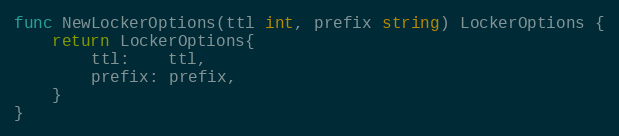
Language: Go
func NewLockerOptions(ttl int, prefix string) LockerOptions {
	return LockerOptions{
		ttl:    ttl,
		prefix: prefix,
	}
}